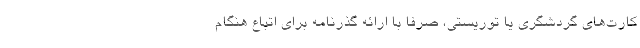
کارت‌های گردشگری یا توریستی، صرفا با ارائه گذرنامه برای اتباع هنگام